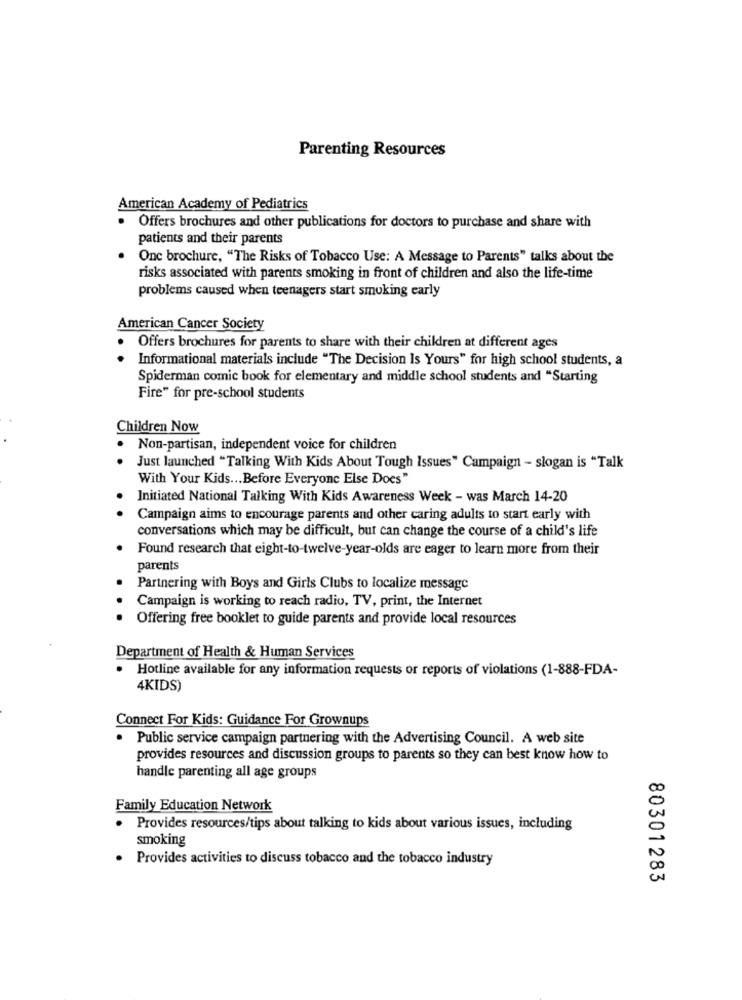
Parenting Resources
American Academy of Pediatrics
Offers brochures and other publications for doctors to purchase and share with
patients and their parents
One brochure, "The Risks of Tobacco Use: A Message to Parents" talks about the
risks associated with parents smoking in front of children and also the life-time
problems caused when teenagers start smoking early
American Cancer Society
Offers brochures for parents to share with their children at different ages
Informational materials include "The Decision Is Yours" for high school students, a
Spiderman comic book for elementary and middle school students and "Starting
Fire" for pre-school students
Children Now
Non-partisan, independent voice for children
Just launched "Talking With Kids About Tough Issues" Campaign - slogan is "Talk
With Your Kids ... Before Everyone Else Does"
Initiated National Talking With Kids Awareness Week - was March 14-20
Campaign aims to encourage parents and other caring adults to start early with
conversations which may be difficult, but can change the course of a child's life
Found research that eight-to-twelve-year-olds are eager to learn more from their
parents
Partnering with Boys and Girls Clubs to localize message
Campaign is working to reach radio, TV, print, the Internet
Offering free booklet to guide parents and provide local resources
Department of Health & Human Services
Hotline available for any information requests or reports of violations (1-888-FDA-
4KIDS)
Connect For Kids: Guidance For Grownups
Public service campaign partnering with the Advertising Council. A web site
provides resources and discussion groups to parents so they can best know how to
handle parenting all age groups
Family Education Network
. Provides resources/tips about talking to kids about various issues, including
smoking
Provides activities to discuss tobacco and the tobacco industry
80301283